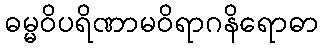
ဓမ္မဝိပရိဏာမဝိရာဂနိရောဓာ